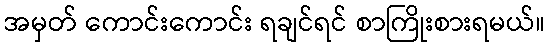
အမှတ် ကောင်းကောင်း ရချင်ရင် စာကြိုးစားရမယ်။